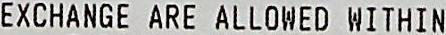
EXCHANGE ARE ALLOWED WITHIN